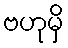
ဗဟုမှိ